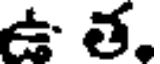
ఉ త.